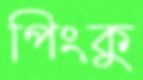
পিংকু